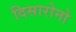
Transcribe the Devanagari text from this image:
दिसारोनो